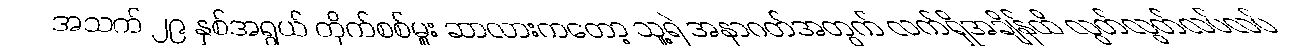
အသက် ၂၉ နှစ်အရွယ် တိုက်စစ်မှူး ဆာလားကတော့ သူ့ရဲ အနာဂတ်အတွက် လက်ရှိအချိန်ထိ လွတ်လွတ်လပ်လပ်